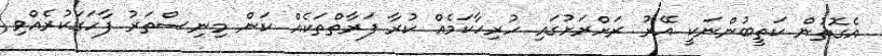
އެގޮތުން ކަތީބުންނަކީ އޭރު ރަށްރަށުގައި ހުރިހާކަމެއް ކުރާ ފަރާތްތަކެއް ކަން މިނިސްތަރު ފާހަގަކުރެއްވި